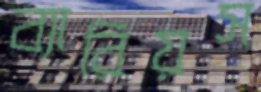
ব্যারিয়স